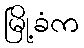
မြို့ခံက